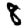
Digit: 8